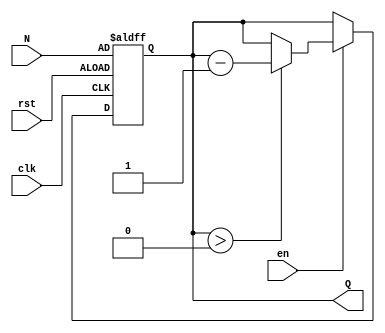
module down_counter (
    input wire clk,        // Clock signal
    input wire en,        // Enable signal
    input wire rst,       // Reset signal
    input wire [7:0] N,   // Initial count value (8-bit for example)
    output reg [7:0] Q    // Current count value (8-bit output)
);

    // Asynchronous reset and counting logic
    always @(posedge clk or posedge rst) begin
        if (rst) begin
            Q <= N;        // Reset the counter to the initial value N
        end else if (en) begin
            if (Q > 0) begin
                Q <= Q - 1; // Decrement the counter if enabled and not zero
            end
            // If Q is already 0, it remains 0
        end
    end

endmodule